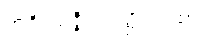
အဝိဿဇ္ဇိယဝတ္ထုကထာ။